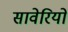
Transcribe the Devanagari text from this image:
सावेरियों